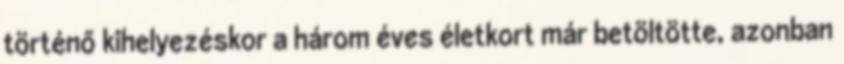
történő kihelyezéskor a három éves életkort már betöltötte, azonban